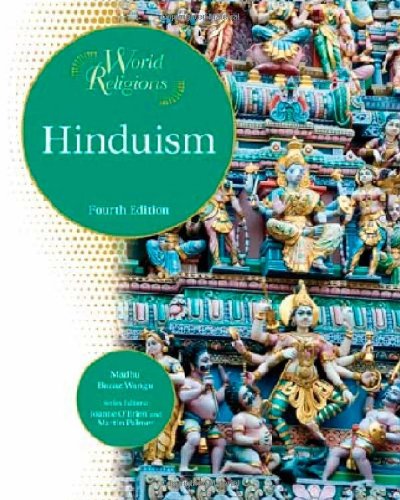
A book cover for Hinduism (World Religions); Madhu Bazaz Wangu; Teen & Young Adult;